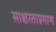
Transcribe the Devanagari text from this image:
साक्षरताप्रमाण